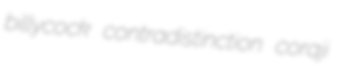
billycock contradistinction coraji